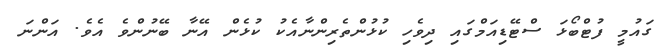
ގައުމީ ފުޓްބޯޅަ ސްޓޭޑިއަމްގައި ދިވެހި ކުޅުންތެރިންނާއެކު ކުޅެން އޭނާ ބޭނުންވެ އެވެ. އަންނަ